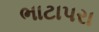
ભાટાપરા